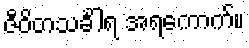
ဇီဝိတသင်္ခါရ အရကောက်။